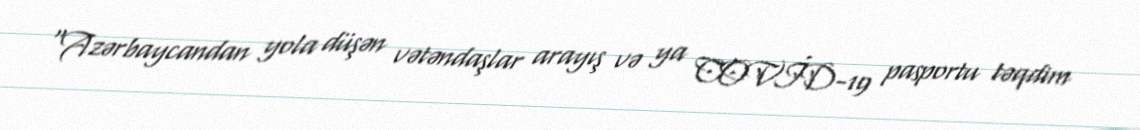
“Azərbaycandan yola düşən vətəndaşlar arayış və ya COVİD-19 pasportu təqdim